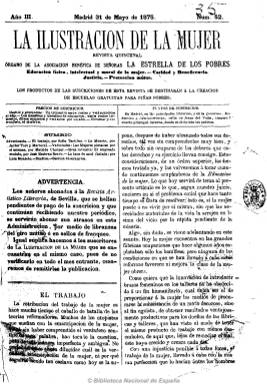
Título: La Ilustración de la mujer (Madrid)
Colección: Revistas femeninas
Ámbito geográfico: Madrid
Lugar de publicación: Madrid
Fechas: 31/05/1875-30/12/1876

Revista quincenal, órgano de la Asociación Benéfica de Señoras ‘La Estrella de los Pobres’ dedicada a la educación física, intelectual y moral de la mujer, a la caridad y beneficencia y a la justicia y protección mutua, tal como reza la leyenda de su cabecera. Los productos de sus suscripciones se destinaban a la creación de escuelas gratuitas para niñas pobres, suscripción que tenía un menor precio para las maestras. Fundada y dirigida al principio por Concepción Gimeno Flaquer (1850-1919), después lo será por Sofía Tartilán (1829-1888), que será también la secretaria de la citada asociación.

Sus contenidos serán didácticos, pero también críticos con la educación tradicional de la mujer y de carácter reformista y emancipador, especialmente los artículos doctrinales relativos a la educación popular y al trabajo de la mujer, escritos principalmente por Tartilán. Incluye otros contenidos literarios, como narraciones cortas y poemas, así como traducciones, bibliografía, biografías de mujeres célebres, artículos de historia y una revista de teatro, y anuncios comerciales en su última página. Quizá esto último ayudó también a su larga presencia entre el público. Cada número constaba de ocho páginas, con numeración continuada, y debió aparecer en junio de 1873 y extender su vida hasta 1877, es decir, desde la I República a los primeros años de la Restauración.

Entre sus colaboradoras estuvieron Matilde Cherner (1833-1880), que utilizaba el seudónimo Rafael Luna; Josefa Pujol y Collado, Emila Calé Torres, Natividad Rojas, Micaela de Silva, Mercedes Tort, Delfina Pujol y Emilia Quintero, entre otras. Entre los colaboradores varones y sin apurar su nómina aparecen Javier Tort Martorell, José Estevan Bravo, Luis Montoto, Evaristo Escalera, Francisco Flores y García, Francisco del Pino y Ramón Campoamor.